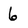
Character: 6